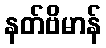
နတ်ဗိမာန်